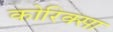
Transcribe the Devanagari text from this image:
कोरिक्सा